Bombay plague: being a history of the progress of plague in the Bombay presidency from September 1896 to June 1899
Year: 1896
Disease focus: Plague
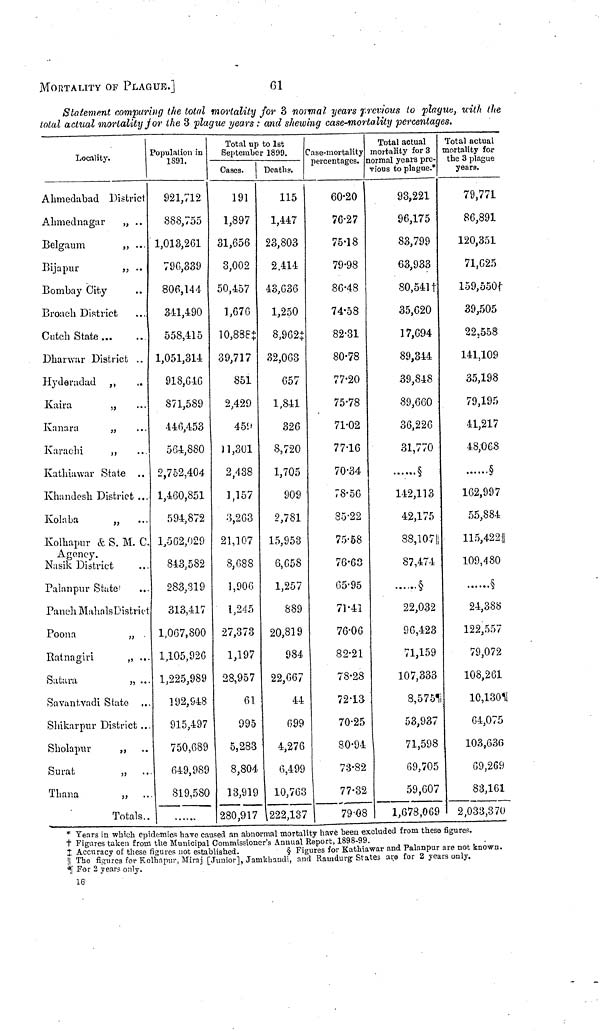
MORTALITY OF PLAGUE.]
61
Statement compuring the total mortality for 3 normal years previous to plague, with the
total actual mortality for the 3 plague years : and shewing case-mortality percentages.
Locality.
Ahmedabad District
Ahmednagar
„ ..
Belgaum
,, ...
Bijapur
„ ..
Bombay City ...
Broach District ...
Cutch State
Dharwar District ..
Hyderadad ,, ...
Kaira ,, ...
Kanara
„ ...
Karachi
,, ...
Kathiawar State ...
Khandesh District ...
Kolaba ,, ...
Kolhapur & S. M. C.
Agency.
Nasik District ...
Palanpur State ...
Panch Mahals District
Poona
,,
Ratnagiri
„ ...
Satara
„ ...
Savantvadi State ...
Shikarpur District ...
Sholapur
,, ...
Surat
„ ...
Thana
„ ...
Totals..
Population in
1891.
921,712
888,755
1,013,261
790,339
806,144
341,490
558,415
1,051,314
918,G4G
871,589
446,453
564,880
2,752,404
1,460,851
594,872
1,562,029
843,582
283,319
313,417
1,067,800
1,105,926
1,225,989
192,948
915,497
750,689
649,989
819,580
.......
Total up to 1st
September 1899.
Cases.
191
1,897
31,656
3,002
50,457
1,676
10,888‡
39,717
851
2,429
459
11,301
2,438
1,157
-3,263
21,107
8,688
1,906
1,245
27,373
1,197
28,957
61
995
5,283
8,804
13,919
280,917
Deaths.
115
1,447
23,803
2.414
43,636
1,250
8,962‡
32,063
657
1,841
326
8,720
1,705
909
2,781
15,953
6,658
1,257
889
20,819
984
22,667
44
699
4,276
6,499
10,763
222,137
Case-mortality
percentages.
60.20
76.27
75.18
79.98
86.48
74.58
82.31
80.78
77.20
75.78
71.02
77.16
70.34
78-56
85.22
75.58
76.63
65.95
71.41
76.06
82.21
78.28
72.13
70.25
80.94
73.82
77.32
79.08
Total actual
mortality for 3
normal years pre-
vious to plague.*
93,221
96,175
83,799
63,933
80,541†
35,620
17,694
89,344
39,848
89,660
36,226
31,770
§
142,113
42,175
88,107
87,474
§
22,032
96,423
71,159
107,333
8,575**
53,937
71,598
69,705
59,607
1,678,069
Total actual
mortality for
the 3 plague
years.
79,771
86,891
120,351
71,625
159, 550†
39,505
22.558
141,109
35,198
79,195
41,217
48,068
§
162,997
55,884
115,422|
109,480
§
24,388
122,557
79,072
108,261
10,130**
64,075
103,636
69,269
* Years in which epidemics have caused an abnormal mortality have been excluded from these figures.
† Figures taken from the Municipal Commissioner's Annual Report, 1898-99.
‡ Accuracy of these figures not established.
§ Figures for Kathiawar and Palanpur are not known.
|| The figures for Kolhapur, Miraj [Junior], Jamkhandi, and Ramdurg States are for 2 years only,
** For 2 years only.
16